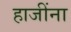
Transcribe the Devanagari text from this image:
हाजींना